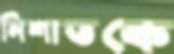
নিশাতকে